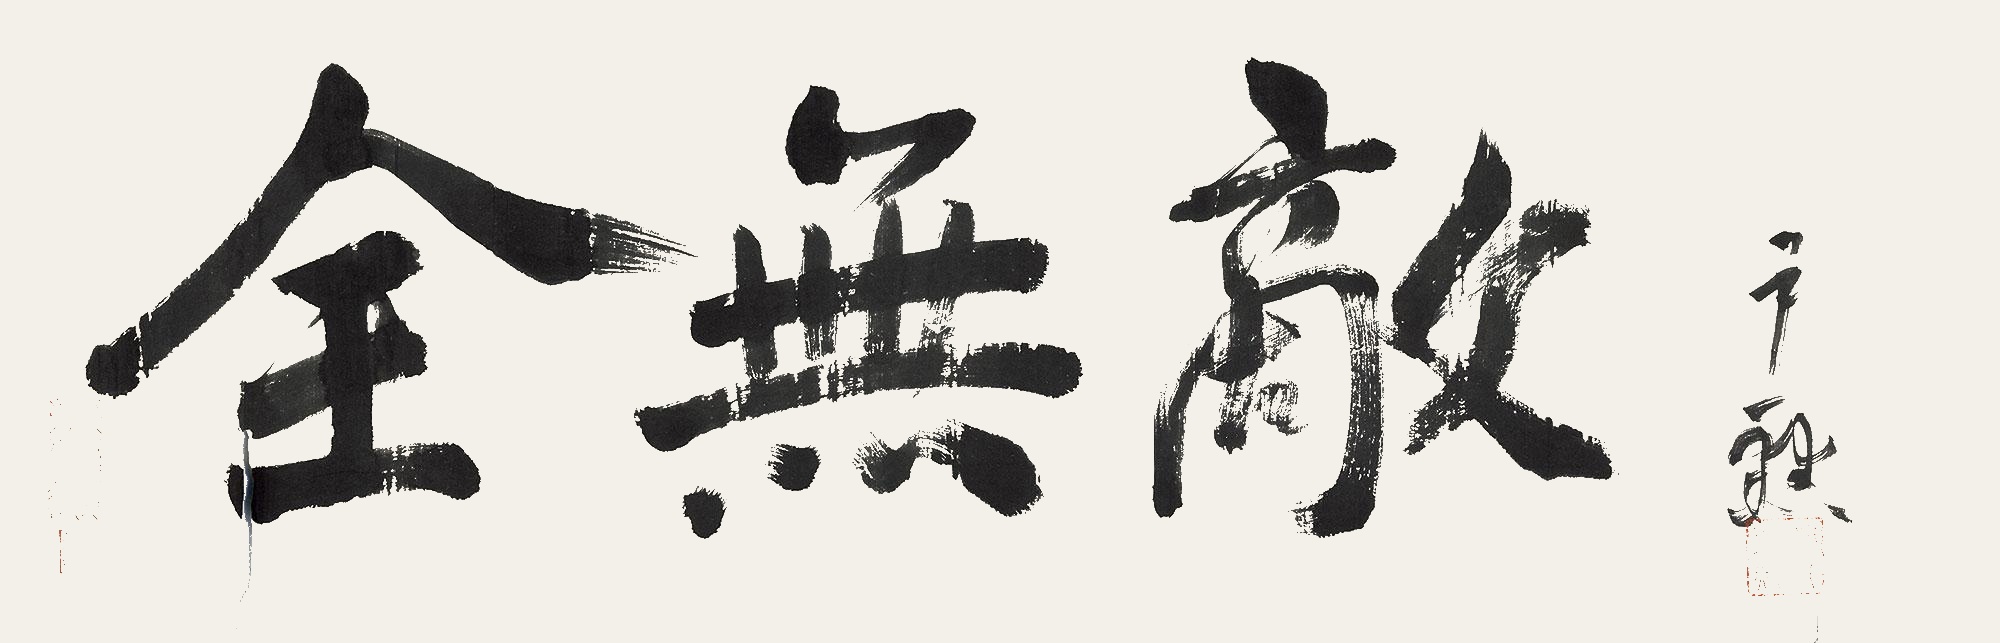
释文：全无敌尹黙。